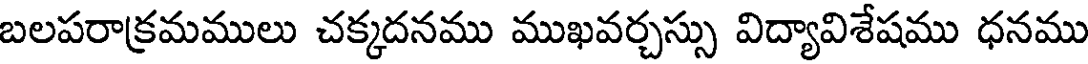
బలపరాక్రమములు చక్కదనము ముఖవర్చస్సు విద్యావిశేషము ధనము